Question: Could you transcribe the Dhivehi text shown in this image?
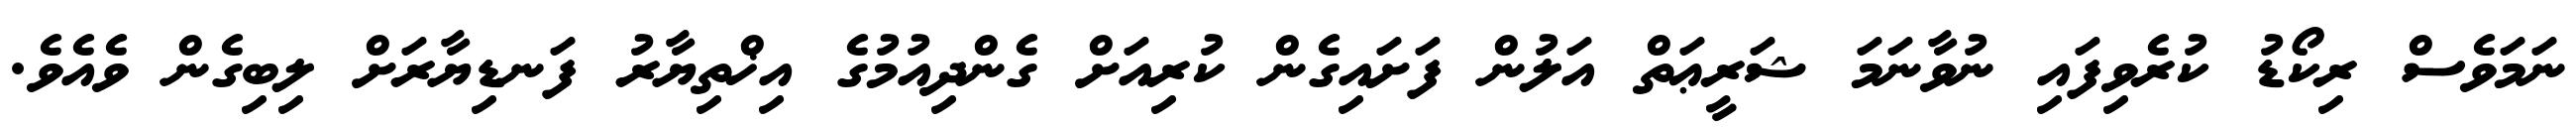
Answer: ނަމަވެސް ރިކޯޑު ކުރެވިފައި ނުވާނަމަ ޝަރީޢަތް އަލުން ފަށައިގެން ކުރިއަށް ގެންދިއުމުގެ އިޚްތިޔާރު ފަނޑިޔާރަށް ލިބިގެން ވެއެވެ.